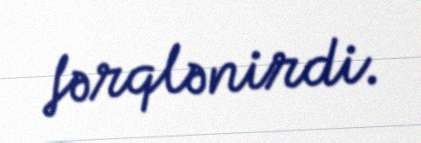
fərqlənirdi.